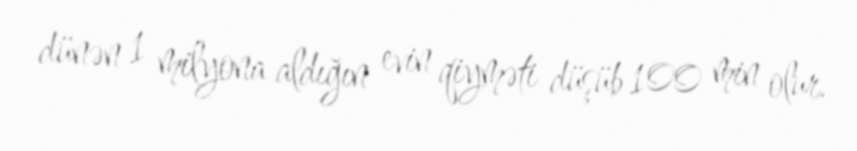
dünən 1 milyona aldığın evin qiyməti düşüb 100 min olur.